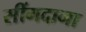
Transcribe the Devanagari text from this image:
सींगदाना